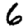
Digit: 6